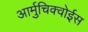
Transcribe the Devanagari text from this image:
आर्मुचिक्वोईस